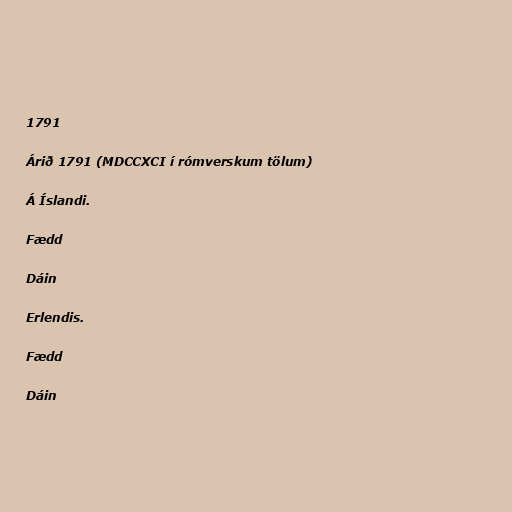
1791

Árið 1791 (MDCCXCI í rómverskum tölum)

Á Íslandi.

Fædd

Dáin

Erlendis.

Fædd

Dáin